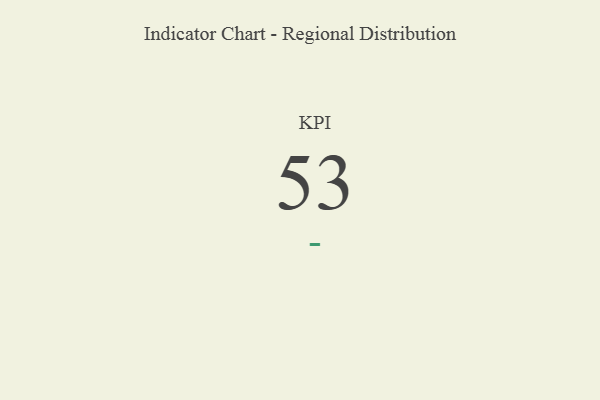
{"axis": {"x": "KPI", "y": "Value"}, "legend": [""], "data": [{"x": "KPI", "y": 53, "type": ""}]}